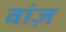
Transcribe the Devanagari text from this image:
वांज़